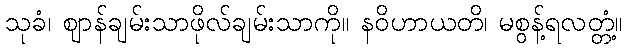
သုခံ၊ ဈာန်ချမ်းသာဖိုလ်ချမ်းသာကို။ နဝိဟာယတိ၊ မစွန့်ရလတ္တံ့။